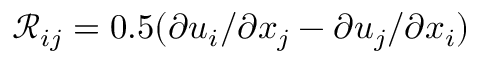
\mathcal { R } _ { i j } = 0 . 5 ( \partial u _ { i } / \partial x _ { j } - \partial u _ { j } / \partial x _ { i } )